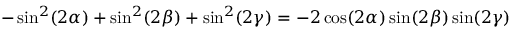
- \sin ^ { 2 } ( 2 \alpha ) + \sin ^ { 2 } ( 2 \beta ) + \sin ^ { 2 } ( 2 \gamma ) = - 2 \cos ( 2 \alpha ) \sin ( 2 \beta ) \sin ( 2 \gamma )